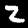
Digit: 2